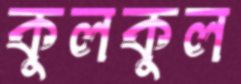
কুলকুল